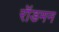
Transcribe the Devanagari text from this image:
रॉडमन